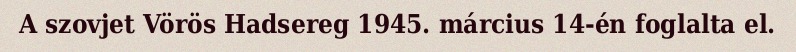
A szovjet Vörös Hadsereg 1945. március 14-én foglalta el.